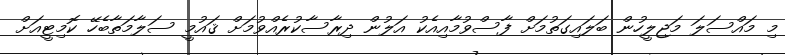
މި މައްސަލަ މަޖިލީހުން ބަލައިގަތުމަށް ފާސްވުމާއިއެކު އަލުން ދިރާސާކުރެއްވުމަށް ޤައުމީ ސަލާމަތާބެހޭ ކޮމިޓީއަށް